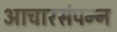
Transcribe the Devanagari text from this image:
आचारसंपन्‍न